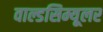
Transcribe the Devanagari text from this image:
वाल्डसिम्यूलर